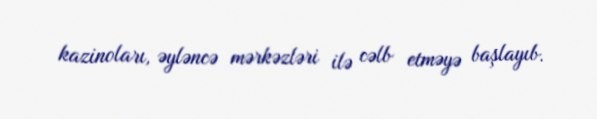
kazinoları, əyləncə mərkəzləri ilə cəlb etməyə başlayıb.